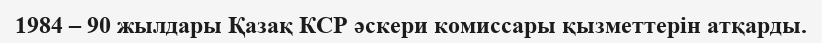
1984 – 90 жылдары Қазақ КСР әскери комиссары қызметтерін атқарды.